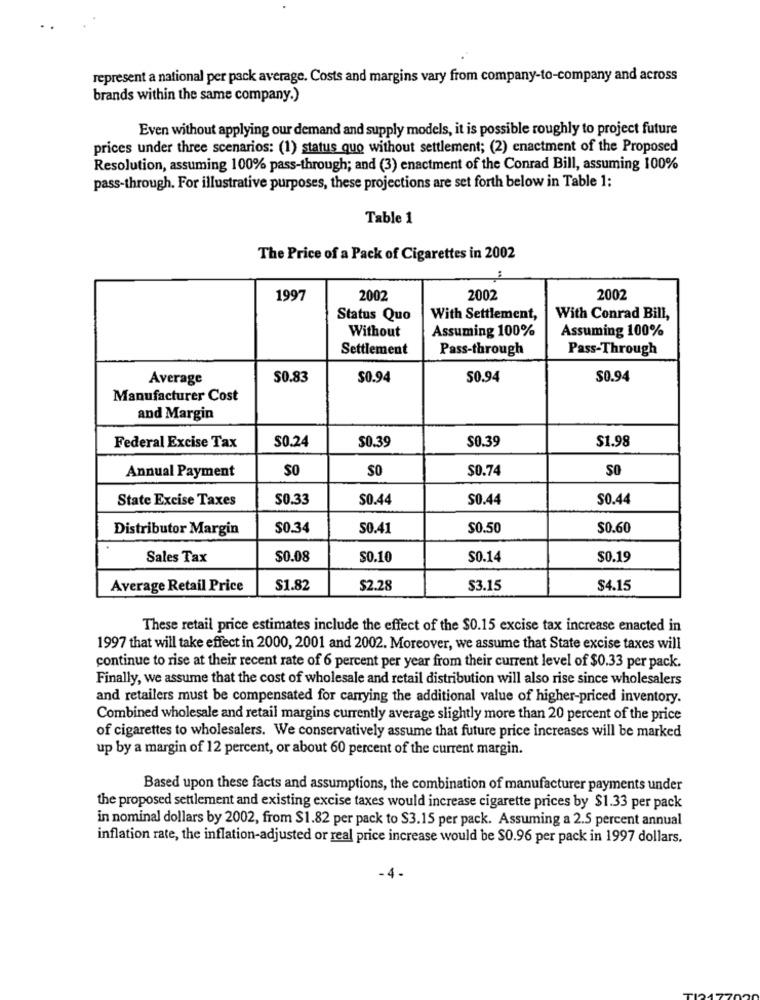
represent a national per pack average. Costs and margins vary from company-to-company and across
brands within the same company.)
Even without applying our demand and supply models, it is possible roughly to project future
prices under three scenarios: (1) status quo without settlement; (2) enactment of the Proposed
Resolution, assuming 100% pass-through; and (3) enactment of the Conrad Bill, assuming 100%
pass-through. For illustrative purposes, these projections are set forth below in Table 1:
Table 1
The Price of a Pack of Cigarettes in 2002
1997
2002
2002
2002
Status Quo
With Settlement,
With Conrad Bill,
Assuming 100%
Assuming 100%
Without
Settlement
Pass-through
Pass-Through
Average
$0.83
$0.94
50.94
$0.94
Manufacturer Cost
and Margin
$0.39
$0.39
$1.98
Federal Excise Tax
$0.24
SO
SO
$0.74
SO
Annual Payment
State Excise Taxes
$0.33
$0.44
$0.44
$0.44
Distributor Margin
$0.34
50.41
$0.50
$0.60
Sales Tax
$0.08
$0.10
$0.14
$0.19
Average Retail Price
$1.82
$2.28
$3.15
$4.15
These retail price estimates include the effect of the $0.15 excise tax increase enacted in
1997 that will take effect in 2000, 2001 and 2002. Moreover, we assume that State excise taxes will
continue to rise at their recent rate of 6 percent per year from their current level of $0.33 per pack.
Finally, we assume that the cost of wholesale and retail distribution will also rise since wholesalers
and retailers must be compensated for carrying the additional value of higher-priced inventory.
Combined wholesale and retail margins currently average slightly more than 20 percent of the price
of cigarettes to wholesalers. We conservatively assume that future price increases will be marked
up by a margin of 12 percent, or about 60 percent of the current margin.
Based upon these facts and assumptions, the combination of manufacturer payments under
the proposed settlement and existing excise taxes would increase cigarette prices by $1.33 per pack
in nominal dollars by 2002, from $1.82 per pack to $3.15 per pack. Assuming a 2.5 percent annual
inflation rate, the inflation-adjusted or real price increase would be $0.96 per pack in 1997 dollars.
- 4 -